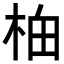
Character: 𬂯